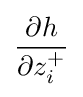
{\frac {\partial h}{\partial z_{i}^{+}}}